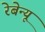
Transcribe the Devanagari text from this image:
रेबेन्यू